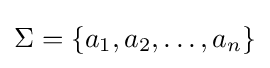
\Sigma =\{a_{1},a_{2},\ldots ,a_{n}\}